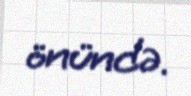
önündə.